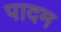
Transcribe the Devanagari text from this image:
पादम